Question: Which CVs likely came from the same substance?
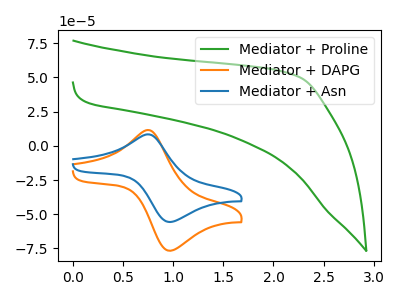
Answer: <think>The green curve "Mediator + Proline" has no peaks. The orange curve "Mediator + DAPG" has an anodic peak at (0.75V, 11.45uA) and a cathodic peak at (0.95V, -76.55uA). The blue curve "Mediator + Asn" has an anodic peak at (0.75V, 8.30uA) and a cathodic peak at (0.95V, -55.55uA).
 "Mediator + Proline" and "Mediator + DAPG" have a different number of peaks. "Mediator + Proline" and "Mediator + Asn" have a different number of peaks. All the peaks in "Mediator + DAPG" have a peak in "Mediator + Asn" at the same potential. Every peak in "Mediator + DAPG" is higher than every peak in "Mediator + Asn".</think>
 <answer>"Mediator + DAPG" and "Mediator + Asn" have the same shape and are likely CV's of the same chemical.</answer>
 <eval>"Mediator + DAPG" "Mediator + Asn"</eval>